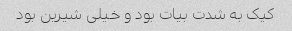
کیک به شدت بیات بود و خیلی شیرین بود